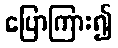
ပြောကြား၍